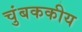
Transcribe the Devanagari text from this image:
चुंबककीय